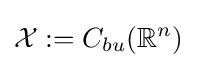
{\mathcal {X}}:=C_{bu}(\mathbb {R} ^{n})